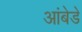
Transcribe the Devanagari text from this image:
आंबेडे